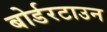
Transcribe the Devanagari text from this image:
बोर्डरटाउन